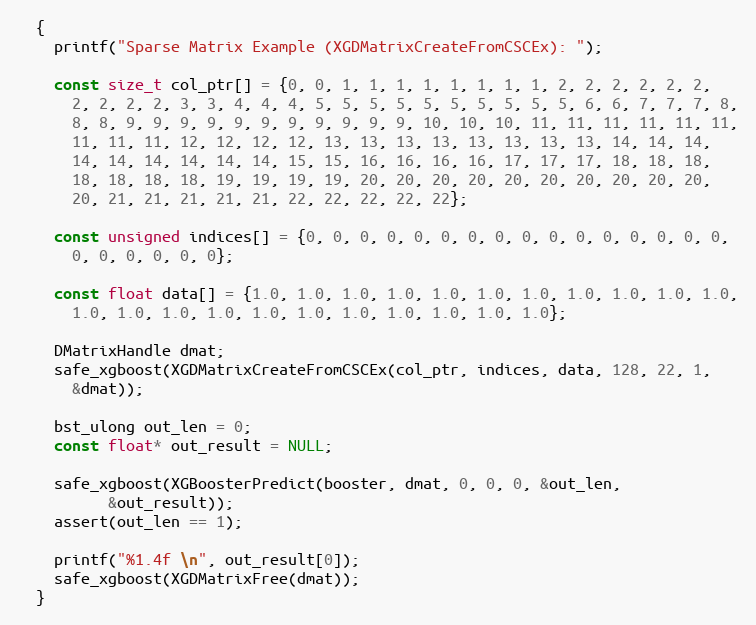
Language: C
  {
    printf("Sparse Matrix Example (XGDMatrixCreateFromCSCEx): ");

    const size_t col_ptr[] = {0, 0, 1, 1, 1, 1, 1, 1, 1, 1, 2, 2, 2, 2, 2, 2,
      2, 2, 2, 2, 3, 3, 4, 4, 4, 5, 5, 5, 5, 5, 5, 5, 5, 5, 5, 6, 6, 7, 7, 7, 8,
      8, 8, 9, 9, 9, 9, 9, 9, 9, 9, 9, 9, 9, 10, 10, 10, 11, 11, 11, 11, 11, 11,
      11, 11, 11, 12, 12, 12, 12, 13, 13, 13, 13, 13, 13, 13, 13, 14, 14, 14,
      14, 14, 14, 14, 14, 14, 15, 15, 16, 16, 16, 16, 17, 17, 17, 18, 18, 18,
      18, 18, 18, 18, 19, 19, 19, 19, 20, 20, 20, 20, 20, 20, 20, 20, 20, 20,
      20, 21, 21, 21, 21, 21, 22, 22, 22, 22, 22};

    const unsigned indices[] = {0, 0, 0, 0, 0, 0, 0, 0, 0, 0, 0, 0, 0, 0, 0, 0,
      0, 0, 0, 0, 0, 0};

    const float data[] = {1.0, 1.0, 1.0, 1.0, 1.0, 1.0, 1.0, 1.0, 1.0, 1.0, 1.0,
      1.0, 1.0, 1.0, 1.0, 1.0, 1.0, 1.0, 1.0, 1.0, 1.0, 1.0};

    DMatrixHandle dmat;
    safe_xgboost(XGDMatrixCreateFromCSCEx(col_ptr, indices, data, 128, 22, 1,
      &dmat));

    bst_ulong out_len = 0;
    const float* out_result = NULL;

    safe_xgboost(XGBoosterPredict(booster, dmat, 0, 0, 0, &out_len,
          &out_result));
    assert(out_len == 1);

    printf("%1.4f \n", out_result[0]);
    safe_xgboost(XGDMatrixFree(dmat));
  }